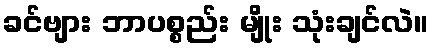
ခင်ဗျား ဘာပစ္စည်း မျိုး သုံးချင်လဲ။